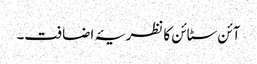
آئن سٹائن کا نظریۂ اضافت۔